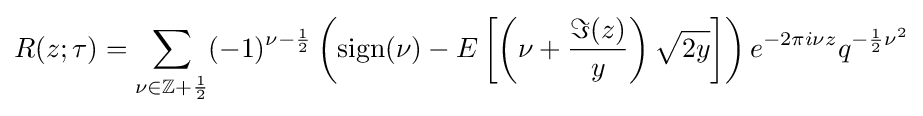
R(z;\tau )=\sum _{\nu \in \mathbb {Z} +{\frac {1}{2}}}(-1)^{\nu -{\frac {1}{2}}}\left({\rm {sign}}(\nu )-E\left[\left(\nu +{\frac {\Im (z)}{y}}\right){\sqrt {2y}}\right]\right)e^{-2\pi i\nu z}q^{-{\frac {1}{2}}\nu ^{2}}